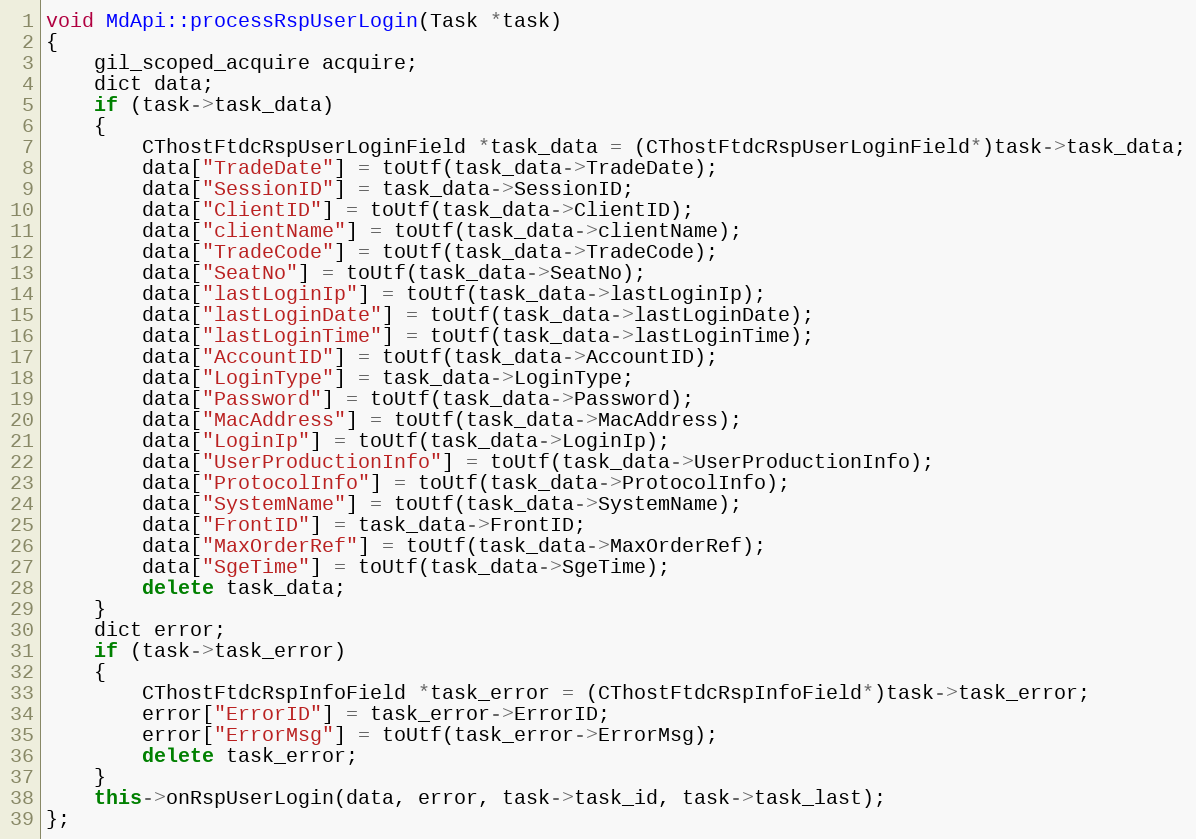
Language: C++
void MdApi::processRspUserLogin(Task *task)
{
	gil_scoped_acquire acquire;
	dict data;
	if (task->task_data)
	{
		CThostFtdcRspUserLoginField *task_data = (CThostFtdcRspUserLoginField*)task->task_data;
		data["TradeDate"] = toUtf(task_data->TradeDate);
		data["SessionID"] = task_data->SessionID;
		data["ClientID"] = toUtf(task_data->ClientID);
		data["clientName"] = toUtf(task_data->clientName);
		data["TradeCode"] = toUtf(task_data->TradeCode);
		data["SeatNo"] = toUtf(task_data->SeatNo);
		data["lastLoginIp"] = toUtf(task_data->lastLoginIp);
		data["lastLoginDate"] = toUtf(task_data->lastLoginDate);
		data["lastLoginTime"] = toUtf(task_data->lastLoginTime);
		data["AccountID"] = toUtf(task_data->AccountID);
		data["LoginType"] = task_data->LoginType;
		data["Password"] = toUtf(task_data->Password);
		data["MacAddress"] = toUtf(task_data->MacAddress);
		data["LoginIp"] = toUtf(task_data->LoginIp);
		data["UserProductionInfo"] = toUtf(task_data->UserProductionInfo);
		data["ProtocolInfo"] = toUtf(task_data->ProtocolInfo);
		data["SystemName"] = toUtf(task_data->SystemName);
		data["FrontID"] = task_data->FrontID;
		data["MaxOrderRef"] = toUtf(task_data->MaxOrderRef);
		data["SgeTime"] = toUtf(task_data->SgeTime);
		delete task_data;
	}
	dict error;
	if (task->task_error)
	{
		CThostFtdcRspInfoField *task_error = (CThostFtdcRspInfoField*)task->task_error;
		error["ErrorID"] = task_error->ErrorID;
		error["ErrorMsg"] = toUtf(task_error->ErrorMsg);
		delete task_error;
	}
	this->onRspUserLogin(data, error, task->task_id, task->task_last);
};